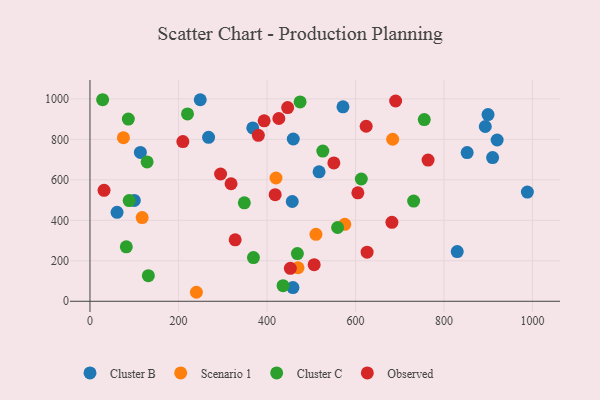
{"axis": {"x": "Engine Size", "y": "Exam Score"}, "legend": ["Cluster B", "Cluster C", "Observed", "Scenario 1"], "data": [{"x": "899.5", "y": 922.4, "type": "Cluster B"}, {"x": "829.9", "y": 245.6, "type": "Cluster B"}, {"x": "517.7", "y": 639.8, "type": "Cluster B"}, {"x": "458.7", "y": 67.8, "type": "Cluster B"}, {"x": "268.0", "y": 810.0, "type": "Cluster B"}, {"x": "988.4", "y": 539.8, "type": "Cluster B"}, {"x": "100.1", "y": 498.2, "type": "Cluster B"}, {"x": "113.9", "y": 735.7, "type": "Cluster B"}, {"x": "852.3", "y": 734.6, "type": "Cluster B"}, {"x": "893.3", "y": 863.6, "type": "Cluster B"}, {"x": "920.1", "y": 797.0, "type": "Cluster B"}, {"x": "367.9", "y": 856.8, "type": "Cluster B"}, {"x": "249.2", "y": 995.7, "type": "Cluster B"}, {"x": "571.7", "y": 960.6, "type": "Cluster B"}, {"x": "61.2", "y": 439.4, "type": "Cluster B"}, {"x": "909.8", "y": 710.2, "type": "Cluster B"}, {"x": "459.4", "y": 801.9, "type": "Cluster B"}, {"x": "457.1", "y": 493.0, "type": "Cluster B"}, {"x": "575.8", "y": 380.2, "type": "Scenario 1"}, {"x": "117.9", "y": 413.4, "type": "Scenario 1"}, {"x": "75.6", "y": 808.4, "type": "Scenario 1"}, {"x": "510.6", "y": 330.6, "type": "Scenario 1"}, {"x": "240.5", "y": 44.5, "type": "Scenario 1"}, {"x": "420.4", "y": 609.1, "type": "Scenario 1"}, {"x": "684.0", "y": 800.7, "type": "Scenario 1"}, {"x": "470.1", "y": 165.6, "type": "Scenario 1"}, {"x": "613.1", "y": 604.2, "type": "Cluster C"}, {"x": "129.1", "y": 688.8, "type": "Cluster C"}, {"x": "436.3", "y": 77.3, "type": "Cluster C"}, {"x": "526.1", "y": 742.1, "type": "Cluster C"}, {"x": "348.8", "y": 486.6, "type": "Cluster C"}, {"x": "220.4", "y": 925.8, "type": "Cluster C"}, {"x": "369.4", "y": 216.2, "type": "Cluster C"}, {"x": "82.1", "y": 269.0, "type": "Cluster C"}, {"x": "28.6", "y": 995.9, "type": "Cluster C"}, {"x": "86.7", "y": 900.3, "type": "Cluster C"}, {"x": "131.9", "y": 126.6, "type": "Cluster C"}, {"x": "559.6", "y": 364.5, "type": "Cluster C"}, {"x": "731.4", "y": 494.9, "type": "Cluster C"}, {"x": "474.8", "y": 985.1, "type": "Cluster C"}, {"x": "88.6", "y": 497.6, "type": "Cluster C"}, {"x": "468.7", "y": 235.7, "type": "Cluster C"}, {"x": "755.4", "y": 898.0, "type": "Cluster C"}, {"x": "446.7", "y": 957.3, "type": "Observed"}, {"x": "452.8", "y": 163.0, "type": "Observed"}, {"x": "682.3", "y": 389.9, "type": "Observed"}, {"x": "506.6", "y": 181.1, "type": "Observed"}, {"x": "764.0", "y": 697.6, "type": "Observed"}, {"x": "380.5", "y": 819.9, "type": "Observed"}, {"x": "328.1", "y": 303.6, "type": "Observed"}, {"x": "626.2", "y": 242.6, "type": "Observed"}, {"x": "31.8", "y": 548.4, "type": "Observed"}, {"x": "209.9", "y": 789.0, "type": "Observed"}, {"x": "426.8", "y": 903.1, "type": "Observed"}, {"x": "605.3", "y": 535.9, "type": "Observed"}, {"x": "318.8", "y": 580.7, "type": "Observed"}, {"x": "551.1", "y": 683.6, "type": "Observed"}, {"x": "393.6", "y": 891.6, "type": "Observed"}, {"x": "690.7", "y": 989.7, "type": "Observed"}, {"x": "624.1", "y": 864.9, "type": "Observed"}, {"x": "295.1", "y": 628.9, "type": "Observed"}, {"x": "418.5", "y": 526.6, "type": "Observed"}]}